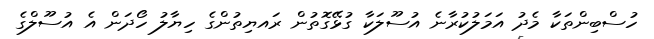
ހުސްބިންތަކާ މެދު އަމަލުކުރާނެ އުސޫލަކާ ގުޅޭގޮތުން ރައޔިތުންގެ ހިޔާލު ހޯދަން އެ އުސޫލްގެ